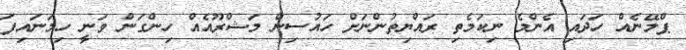
ޕްލޭނެއް ހަދައި އެންމެ ނިކަމެތި ރައްޔިތުންނަށް ހައުސިން މަޝްރޫއެއް ހިންގަން ވަނީ ހިމަނައިފަ